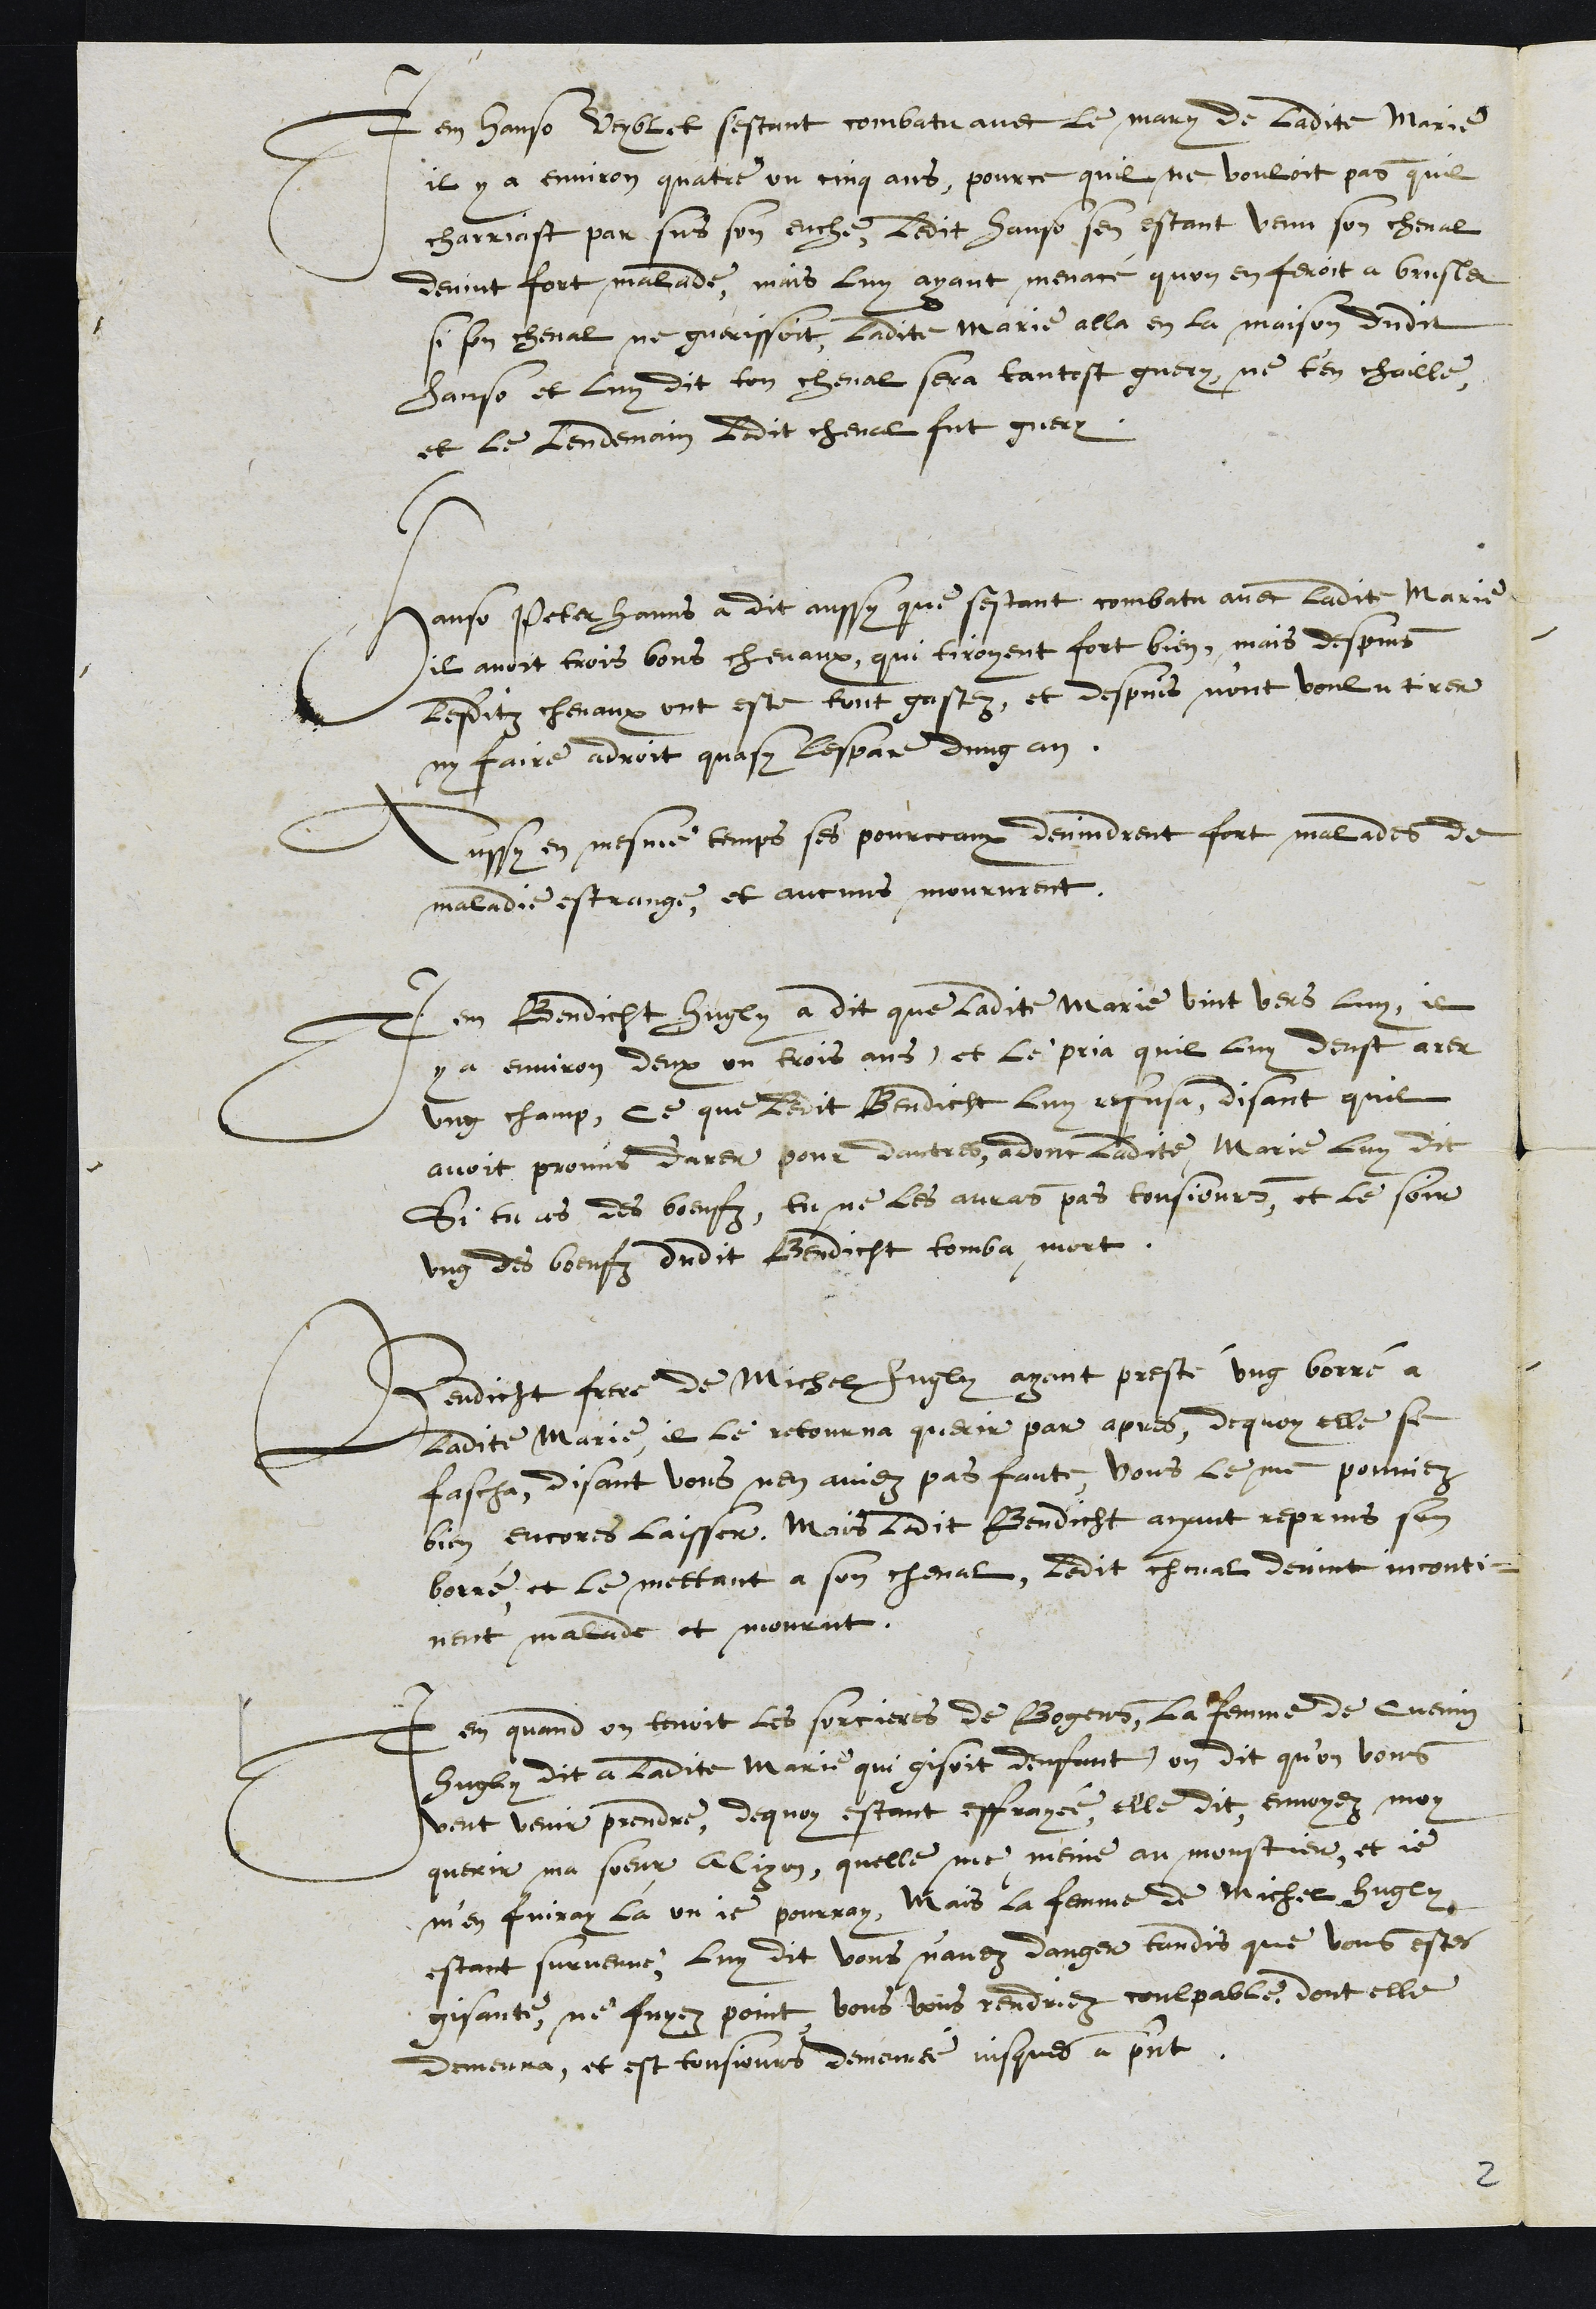
Item Hanso Veyblet sestant combatu avec le mary de ladite Marie
il y a environ quatre ou cinq ans, pour ce quil ne vouloit pas quil
charriast par sus son euche, ledit Hanso sen estant venu son cheval
devint fort malade, mais luy ayant menacé quon en feroit a brusler
si son cheval ne guarissoit, ladite Marie alla en la maison dudit
Hanso et luy dit ton cheval sera tantost guery, ne t'en chaille,
et le lendemain ledit cheval fut guery.
Hanso Peterhanns a dit aussy que sestant combatu avec ladite Marie
il avoit trois bons chevaux, qui tiroyent fort bien, mais depuis
lesditz chevaux ont este tout gastez, et despuis n'ont voulu tirer
ny faire adroit quasi lespace dung an.
Aussy en mesme temps ses pourceaux devindrent fort malades de
maladie estrange, et aucuns moururent.
Item Bendicht Hugly a dit que ladite Marie vint vers luy, il
y a environ deux ou trois ans, et le pria quil luy deust arer
ung champ, ce que ledit Bendicht luy refusa, disant quil
avoit promis d'arer pour dautres, adonc ladite Marie Luy dit
si tu es des beufz, tu ne les auras pas tousjours, et le soir
ung des boeufz dudit Bendicht tomba mort.
Bendicht frere de Michel Hugly ayant presté ung borré a
ladite Marie, il le retourna querir par apres, dequoy elle se
fascha, disant vous nen aviez pas faute, vous le me pouviez
bien encores laisser, Mais ledit Bendict ayant reprins son
borré et le mettant a son cheval, ledit cheval devint inconti¬
nent malade et mourut.
Item quand on tenoit les sorcieres de Bogens, la femme de Cuenin
Hugly dit a ladite Marie qui gisoit denfant, on dit qu'on vous
veut venir prendre, de quoy estant effrayée, elle dit, envoyez, moy
querir ma soeur Alizon, quelle me meine au moustier, et je
m'en fuiray la ou je pourray, Mais la femme de Michel Hugly
estant survenue, luy dit vous n'avez danger tandis que vous estes
gisante, ne fuyez point vous vous rendriez coulpable, dont elle
demeura, et est tousjours demeurée jusques a present.
2